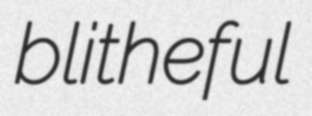
blitheful